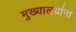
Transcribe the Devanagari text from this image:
मुख्यालयांना